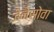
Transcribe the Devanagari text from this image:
बेनेसोवा